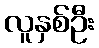
လူနှစ်ဦး